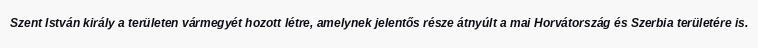
Szent István király a területen vármegyét hozott létre, amelynek jelentős része átnyúlt a mai Horvátország és Szerbia területére is.